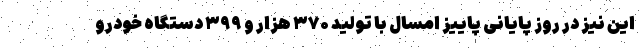
این نیز در روز پایانی پاییز امسال با تولید ۳۷۰ هزار و ۳۹۹ دستگاه خودرو